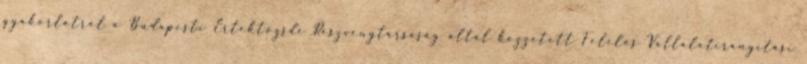
gyakorlatról a Budapesti Értéktőzsde Részvénytársaság által közzétett Felelős Vállalatirányítási